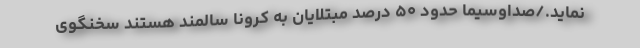
نماید./صداوسیما حدود ۵۰ درصد مبتلایان به کرونا سالمند هستند سخنگوی